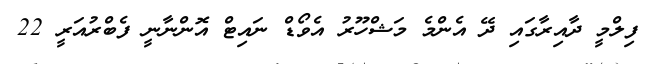
ފިލްމީ ދާއިރާގައި ދޭ އެންމެ މަޝްހޫރު އެވޯޑް ނައިޓް އޮންނާނީ ފެބްރުއަރީ 22